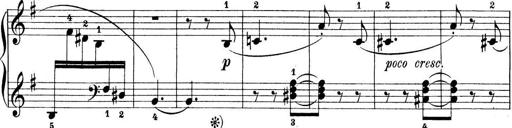
Title: Preis-Sonatine
Composer: Ernst James Bremner